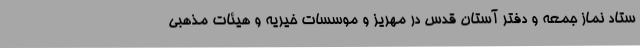
ستاد نماز جمعه و دفتر آستان قدس در مهریز و موسسات خیریه و هیئات مذهبی